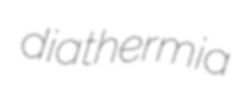
diathermia